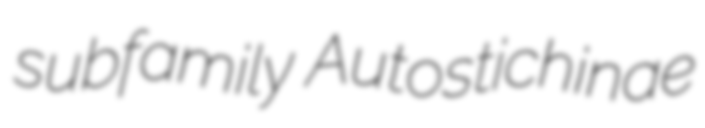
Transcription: subfamily Autostichinae